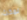
نمكث